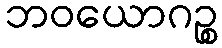
ဘဝယောဂဉ္စ